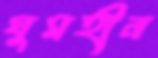
ঘুমহীন